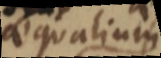
aequalium